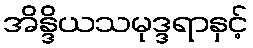
အိန္ဒိယသမုဒ္ဒရာနှင့်